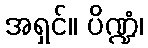
အရှင်။ ပိဏ္ဍံ၊